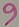
Text: 9